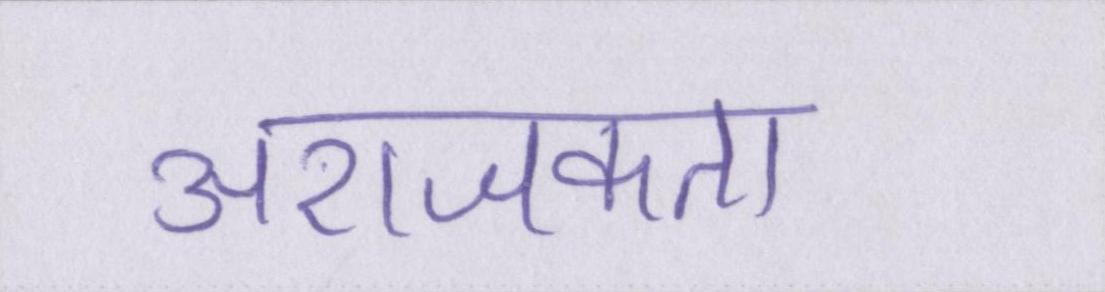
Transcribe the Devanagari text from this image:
अराजकता